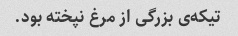
تیکه‌ی بزرگی از مرغ نپخته بود.